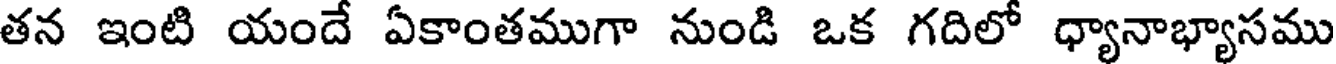
తన ఇంటి యందే ఏకాంతముగా నుండి ఒక గదిలో ధ్యానాభ్యాసము